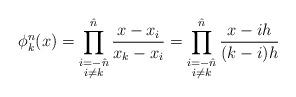
LaTeX: \begin{align*} \phi^n_k(x) = \prod_{\substack{i=-\hat{n} \\ i \neq k}}^{\hat{n}} \frac{x - x_i}{x_k - x_i} = \prod_{\substack{i=-\hat{n} \\ i \neq k}}^{\hat{n}} \frac{x-ih}{(k-i)h}\end{align*}